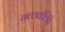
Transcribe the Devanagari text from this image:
वल्लतोलिंटे